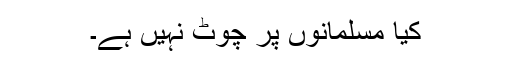
کیا مسلمانوں پر چوٹ نہیں ہے۔